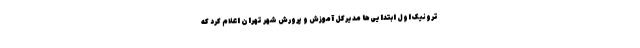
ترونیک اول ابتدایی‌ها مدیرکل آموزش و پرورش شهر تهران اعلام کرد که